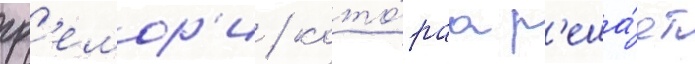
гр'емор'и / кото́раа р'еша́ет